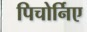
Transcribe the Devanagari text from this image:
पिचोर्निए